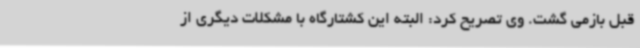
قبل بازمی گشت. وی تصریح کرد: البته این کشتارگاه با مشکلات دیگری از